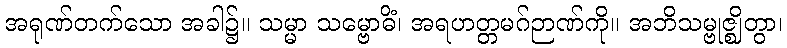
အရုဏ်တက်သော အခါ၌။ သမ္မာ သမ္ဗောဓိံ၊ အရဟတ္တမဂ်ဉာဏ်ကို။ အဘိသမ္ဗုဇ္ဈိတွာ၊